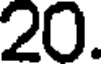
20.